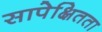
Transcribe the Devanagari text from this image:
सापेक्षितता